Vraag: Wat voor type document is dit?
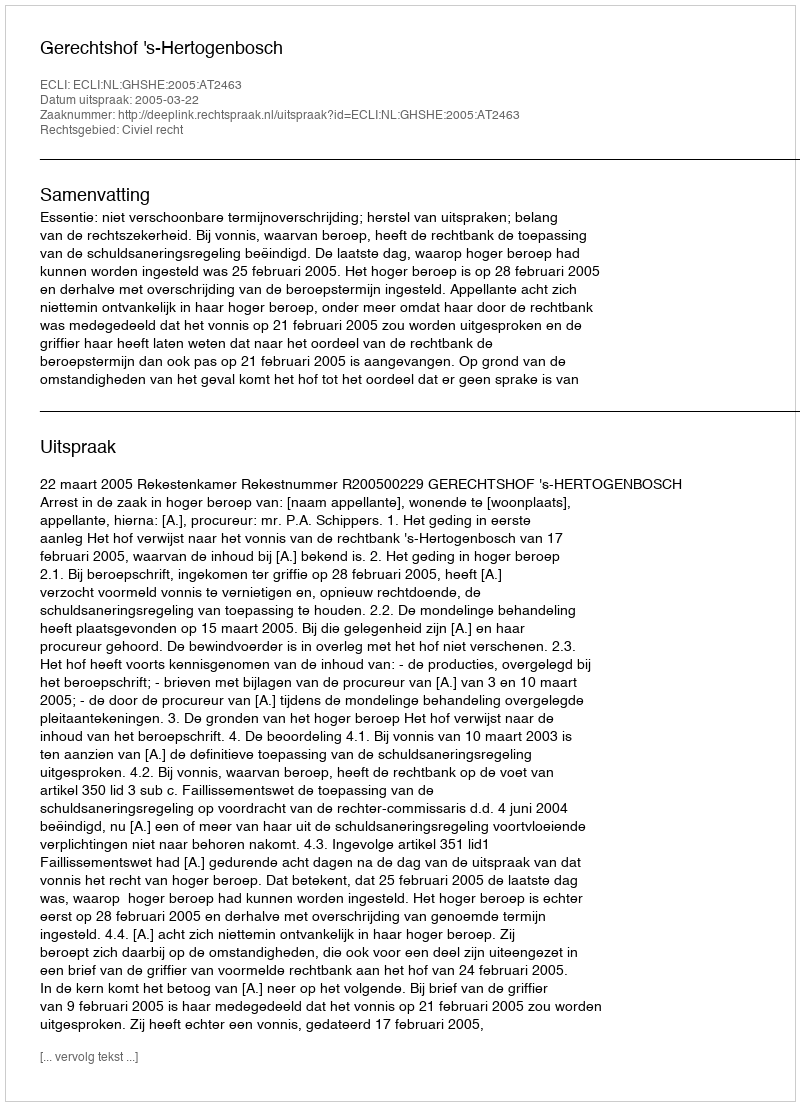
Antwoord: Uitspraak